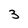
Character: 3